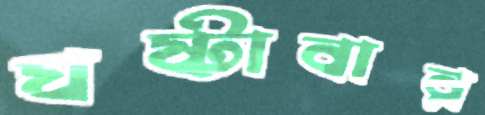
ঘষ্‌টাবার